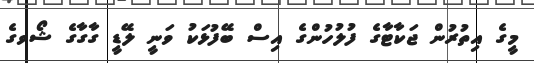
މީގެ އިތުރުން ޖަކާޓާގެ ފުލުހުންގެ އިސް ބޭފުޅަކު ވަނީ ލޭޑީ ގާގާގެ ޝޯވގެ